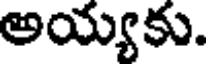
అయ్యకు.